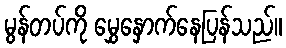
မွန်တပ်ကို မွှေနှောက်နေပြန်သည်။